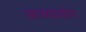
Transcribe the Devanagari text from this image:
आश्रययोग